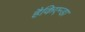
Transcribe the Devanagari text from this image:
हैकिएन्डा